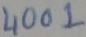
Text: 4001